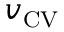
\boldsymbol { v } _ { \mathrm { { C V } } }